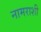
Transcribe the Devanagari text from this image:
नामराशी